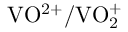
\mathrm { V O ^ { 2 + } / V O _ { 2 } ^ { + } }